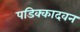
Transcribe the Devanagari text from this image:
पडिक्कादवन